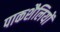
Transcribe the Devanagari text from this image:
पाकशैलियों